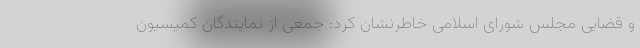
و قضایی مجلس شورای اسلامی خاطرنشان کرد: جمعی از نمایندگان کمیسیون